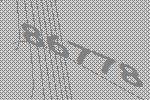
86778